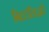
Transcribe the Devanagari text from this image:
बिटटॉरेंटद्वारे